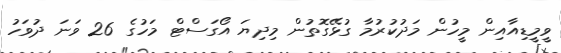
ވީމީޑިއާއިން މީހުން މަދުކުރުމާ ގުޅޭގޮތުން މިދިޔަ އޯގަސްޓް މަހުގެ 26 ވަނަ ދުވަހު